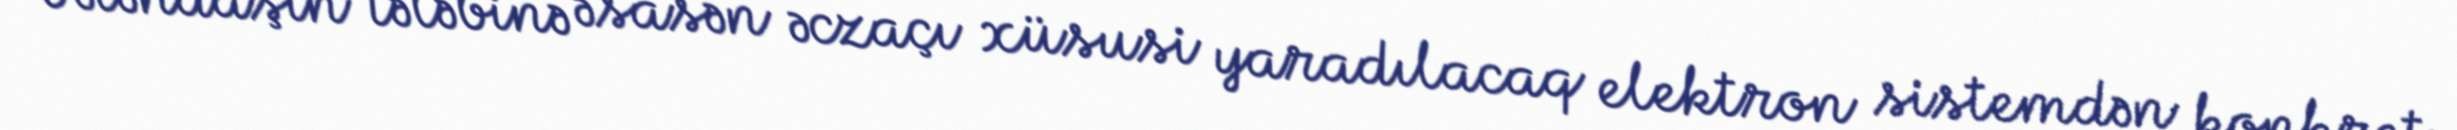
Vətəndaşın tələbinə əsasən əczaçı xüsusi yaradılacaq elektron sistemdən konkret